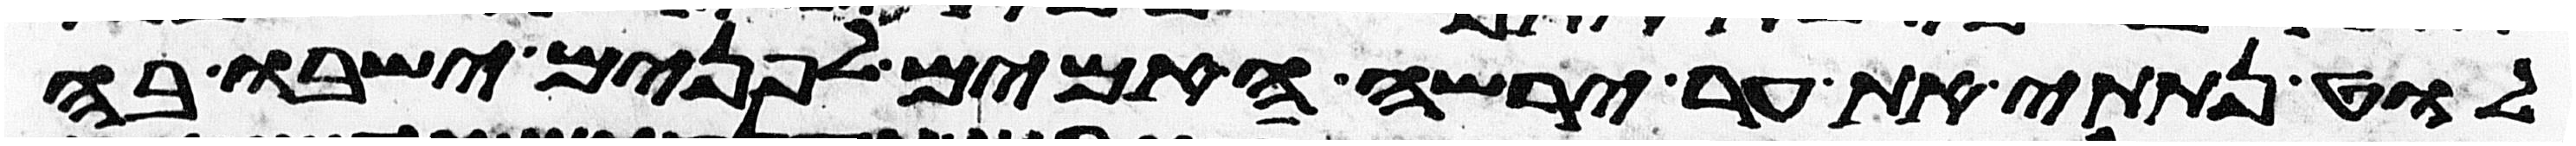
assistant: לוט נתתי את ער ירשה האימים לפנים ישבו בה